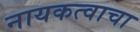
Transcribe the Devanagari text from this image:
नायकत्वाचा